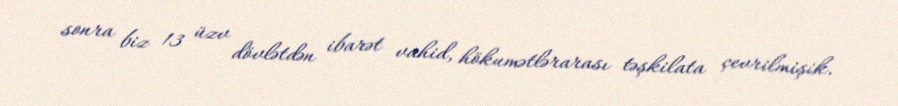
sonra biz 13 üzv dövlətdən ibarət vahid, hökumətlərarası təşkilata çevrilmişik.